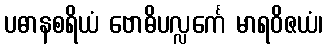
ပဓာနစရိယံ ဗောဓိပလ္လင်္ကေ မာရဝိဇယံ၊